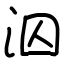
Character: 泅